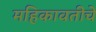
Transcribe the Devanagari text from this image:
महिकावतीचे